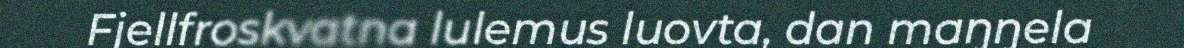
Fjellfroskvatna lulemus luovta, dan maŋŋela